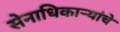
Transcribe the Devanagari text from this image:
सेनाधिकाऱ्यांचे